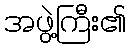
အဖွဲ့ကြီး၏